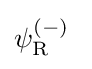
\psi _{\rm {R}}^{(-)}~